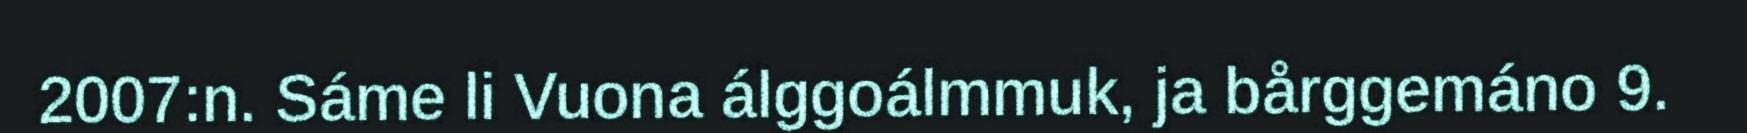
2007:n. Sáme li Vuona álggoálmmuk, ja bårggemáno 9.